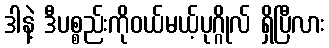
ဒါနဲ့ ဒီပစ္စည်းကိုဝယ်မယ့်ပုဂ္ဂိုလ် ရှိပြီလား